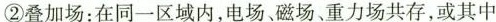
②叠加场：在同一区域内，电场、磁场、重力场共存，或其中